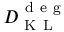
D _ { \mathrm { ~ K ~ L ~ } } ^ { \mathrm { ~ d ~ e ~ g ~ } }